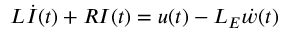
L \dot { I } ( t ) + R I ( t ) = u ( t ) - L _ { E } \dot { w } ( t )